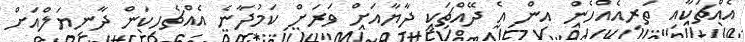
އެއްޗަކާއި ތަރިއެއްހެން އިން އެ ދޭއްޗަކީ ދާޔާއަށް ވަރަށް ކަމުދާނެ އެއްޗެހިކަން ދާނިޔަލްއަށް